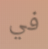
في